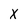
Character: X